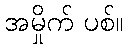
အမှိုက် ပစ်။